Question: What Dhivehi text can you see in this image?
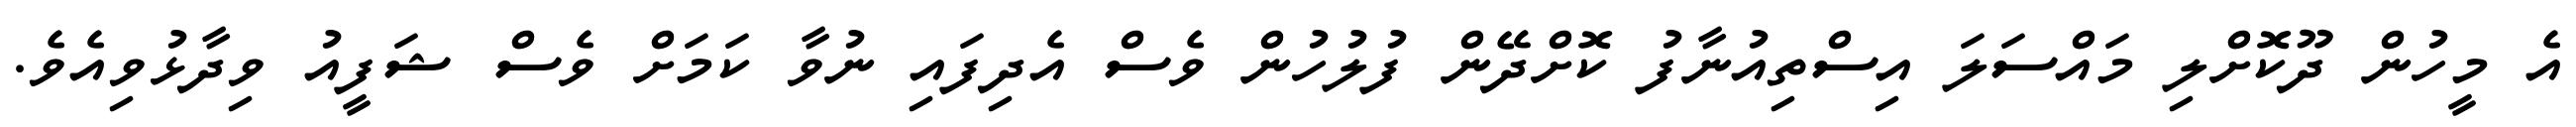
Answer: އެ މީހުން ދޫކޮށްލި މައްސަލަ އިސްތިއުނާފު ކޮށްދޭން ފުލުހުން ވެސް އެދިފައި ނުވާ ކަމަށް ވެސް ޝަފީއު ވިދާޅުވިއެވެ.